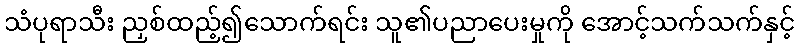
သံပုရာသီး ညှစ်ထည့်၍သောက်ရင်း သူ၏ပညာပေးမှုကို အောင့်သက်သက်နှင့်